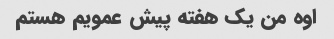
اوه من یک هفته پیش عمویم هستم